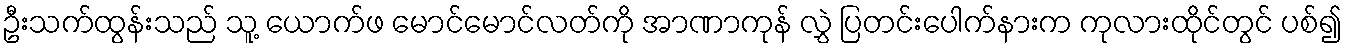
ဦးသက်ထွန်းသည် သူ့ ယောက်ဖ မောင်မောင်လတ်ကို အာဏာကုန် လွှဲ ပြတင်းပေါက်နားက ကုလားထိုင်တွင် ပစ်၍